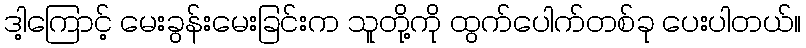
ဒါ့ကြောင့် မေးခွန်းမေးခြင်းက သူတို့ကို ထွက်ပေါက်တစ်ခု ပေးပါတယ်။